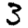
Digit: 3